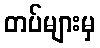
တပ်များမှ